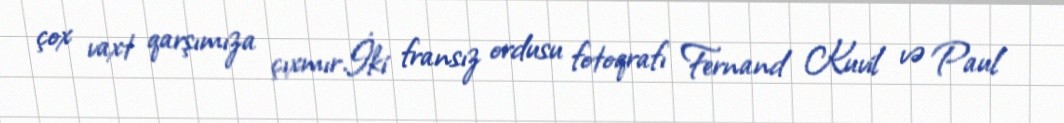
çox vaxt qarşımıza çıxmır.İki fransız ordusu fotoqrafı Fernand Kuvil və Paul